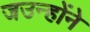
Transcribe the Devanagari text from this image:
जउन्होंने